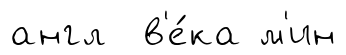
англ в'е́ка м'ин